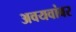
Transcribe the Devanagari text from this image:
अवयवांवर